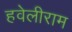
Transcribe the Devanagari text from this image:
हवेलीराम